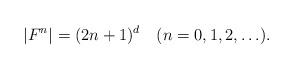
LaTeX: \begin{align*}|F^n|=(2n+1)^d \ \ \ (n=0,1,2,\ldots).\end{align*}